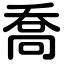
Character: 喬